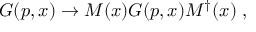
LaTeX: G ( p , x ) \rightarrow { \cal M } ( x ) G ( p , x ) { \cal M } ^ { \dag } ( x ) \; ,